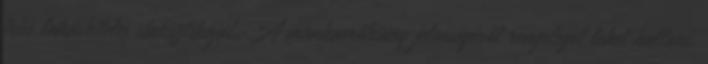
friss lakáshiteles statisztikáját,. A munkaerőhiány jelenségéről rengeteget lehet hallani,